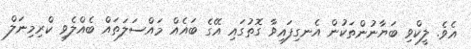
އެވެ. ލީކްވި ބަޔާނުންތަކުން އެނގިފައިވާ ގޮތުގައި އޭގެ ބައެއް މައްސަލަތައް ބެއްލެވި ކްރިމިނަލް